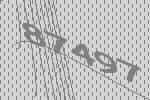
87497